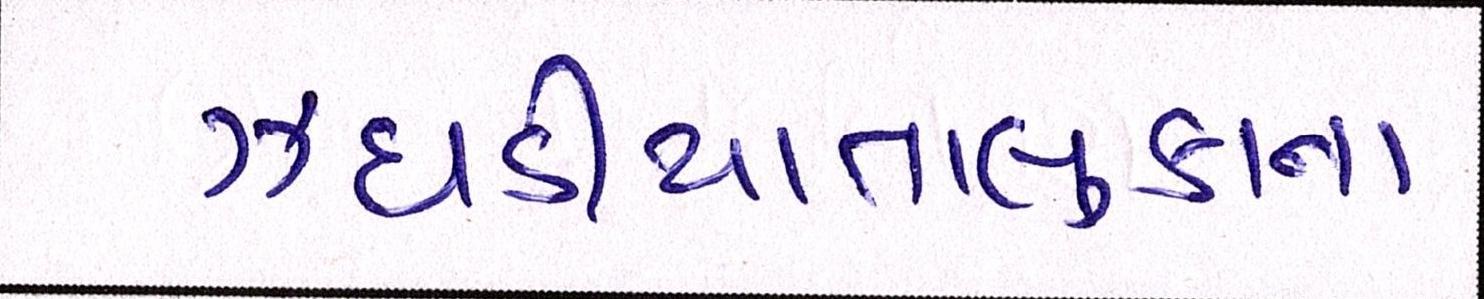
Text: ઝઘડીયાતાલુકાના